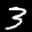
Digit: 3